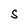
Character: S